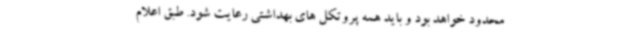
محدود خواهد بود و باید همه پروتکل های بهداشتی رعایت شود. طبق اعلام